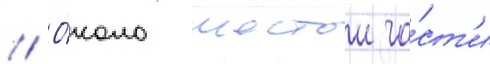
// О́коло шестои ча́ст'и